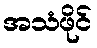
အသံဖိုင်